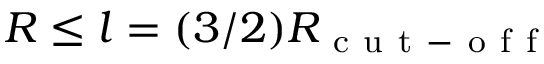
R \leq l = ( 3 / 2 ) R _ { \mathrm { ~ c ~ u ~ t ~ - ~ o ~ f ~ f ~ } }